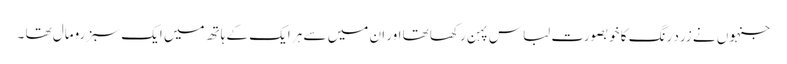
جنہوں نے زرد رنگ کا خوبصورت لباس پہن رکھا تھا اور ان میں سے ہر ایک کے ہاتھ میں ایک سبز رومال تھا ۔